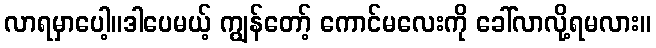
လာရမှာပေါ့။ဒါပေမယ့် ကျွန်တော့် ကောင်မလေးကို ခေါ်လာလို့ရမလား။